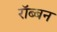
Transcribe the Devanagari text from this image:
रॉब्‍बन